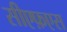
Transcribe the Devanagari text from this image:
सीएफ़एस